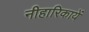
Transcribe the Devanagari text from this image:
नीहारिकायें